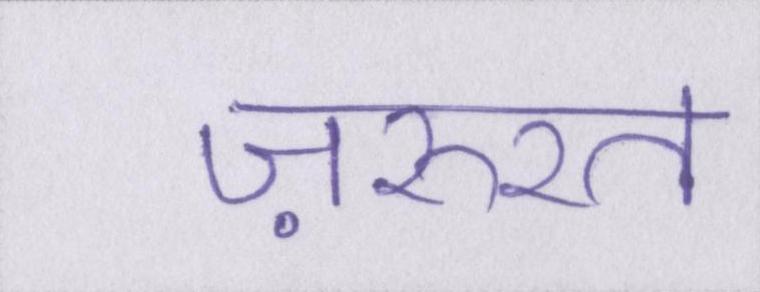
ज़रुरत